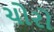
ચોરો